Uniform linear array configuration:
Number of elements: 16
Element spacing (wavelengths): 0.5
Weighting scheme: binomial
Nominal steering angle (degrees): -45
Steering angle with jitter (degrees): -45.117
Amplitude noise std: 0.05
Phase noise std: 0.05

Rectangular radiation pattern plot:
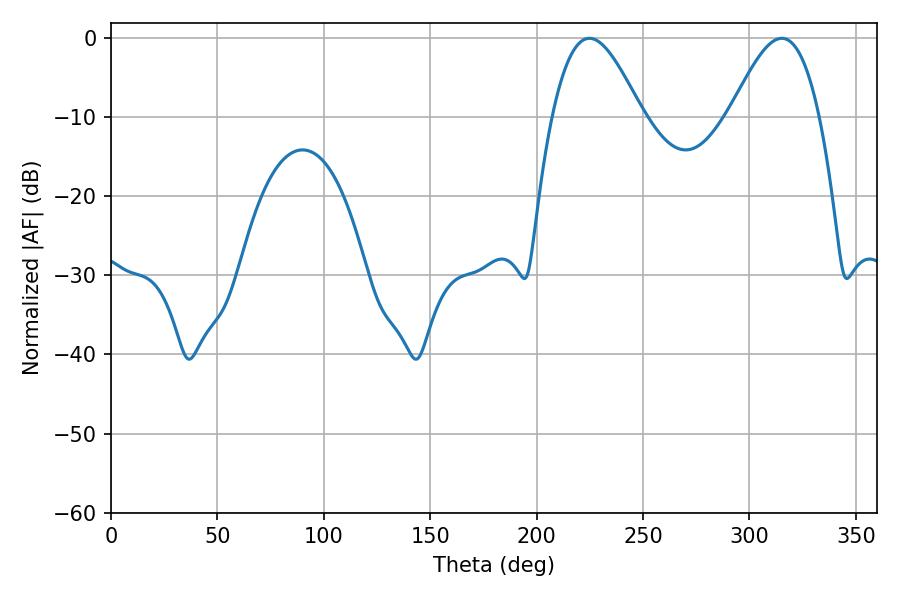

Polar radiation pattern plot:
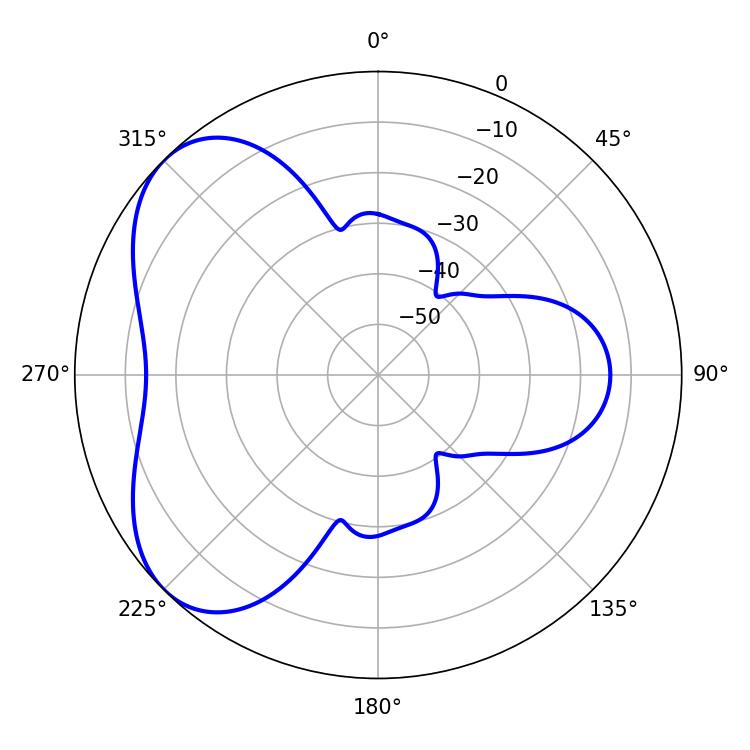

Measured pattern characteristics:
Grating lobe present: FALSE
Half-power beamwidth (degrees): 22.5
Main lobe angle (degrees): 224.82